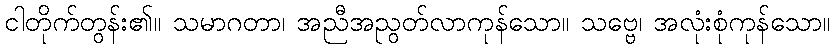
ငါတိုက်တွန်း၏။ သမာဂတာ၊ အညီအညွတ်လာကုန်သော။ သဗ္ဗေ၊ အလုံးစုံကုန်သော။